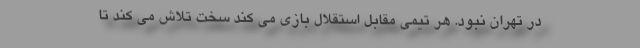
در تهران نبود. هر تیمی مقابل استقلال بازی می کند سخت تلاش می کند تا